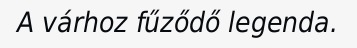
A várhoz fűződő legenda.